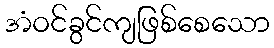
အံဝင်ခွင်ကျဖြစ်စေသော